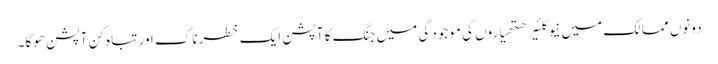
دونوں ممالک میں نیوکلئیر ھتھیاروں کی موجودگی میں جنگ کا آپشن ایک خطرناک اور تباہ کن آپشن ھوگا۔